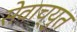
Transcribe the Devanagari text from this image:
सेवाच्युत